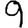
Digit: 9